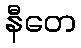
နီတေ